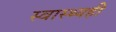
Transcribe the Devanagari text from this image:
स्वास्थ्यही